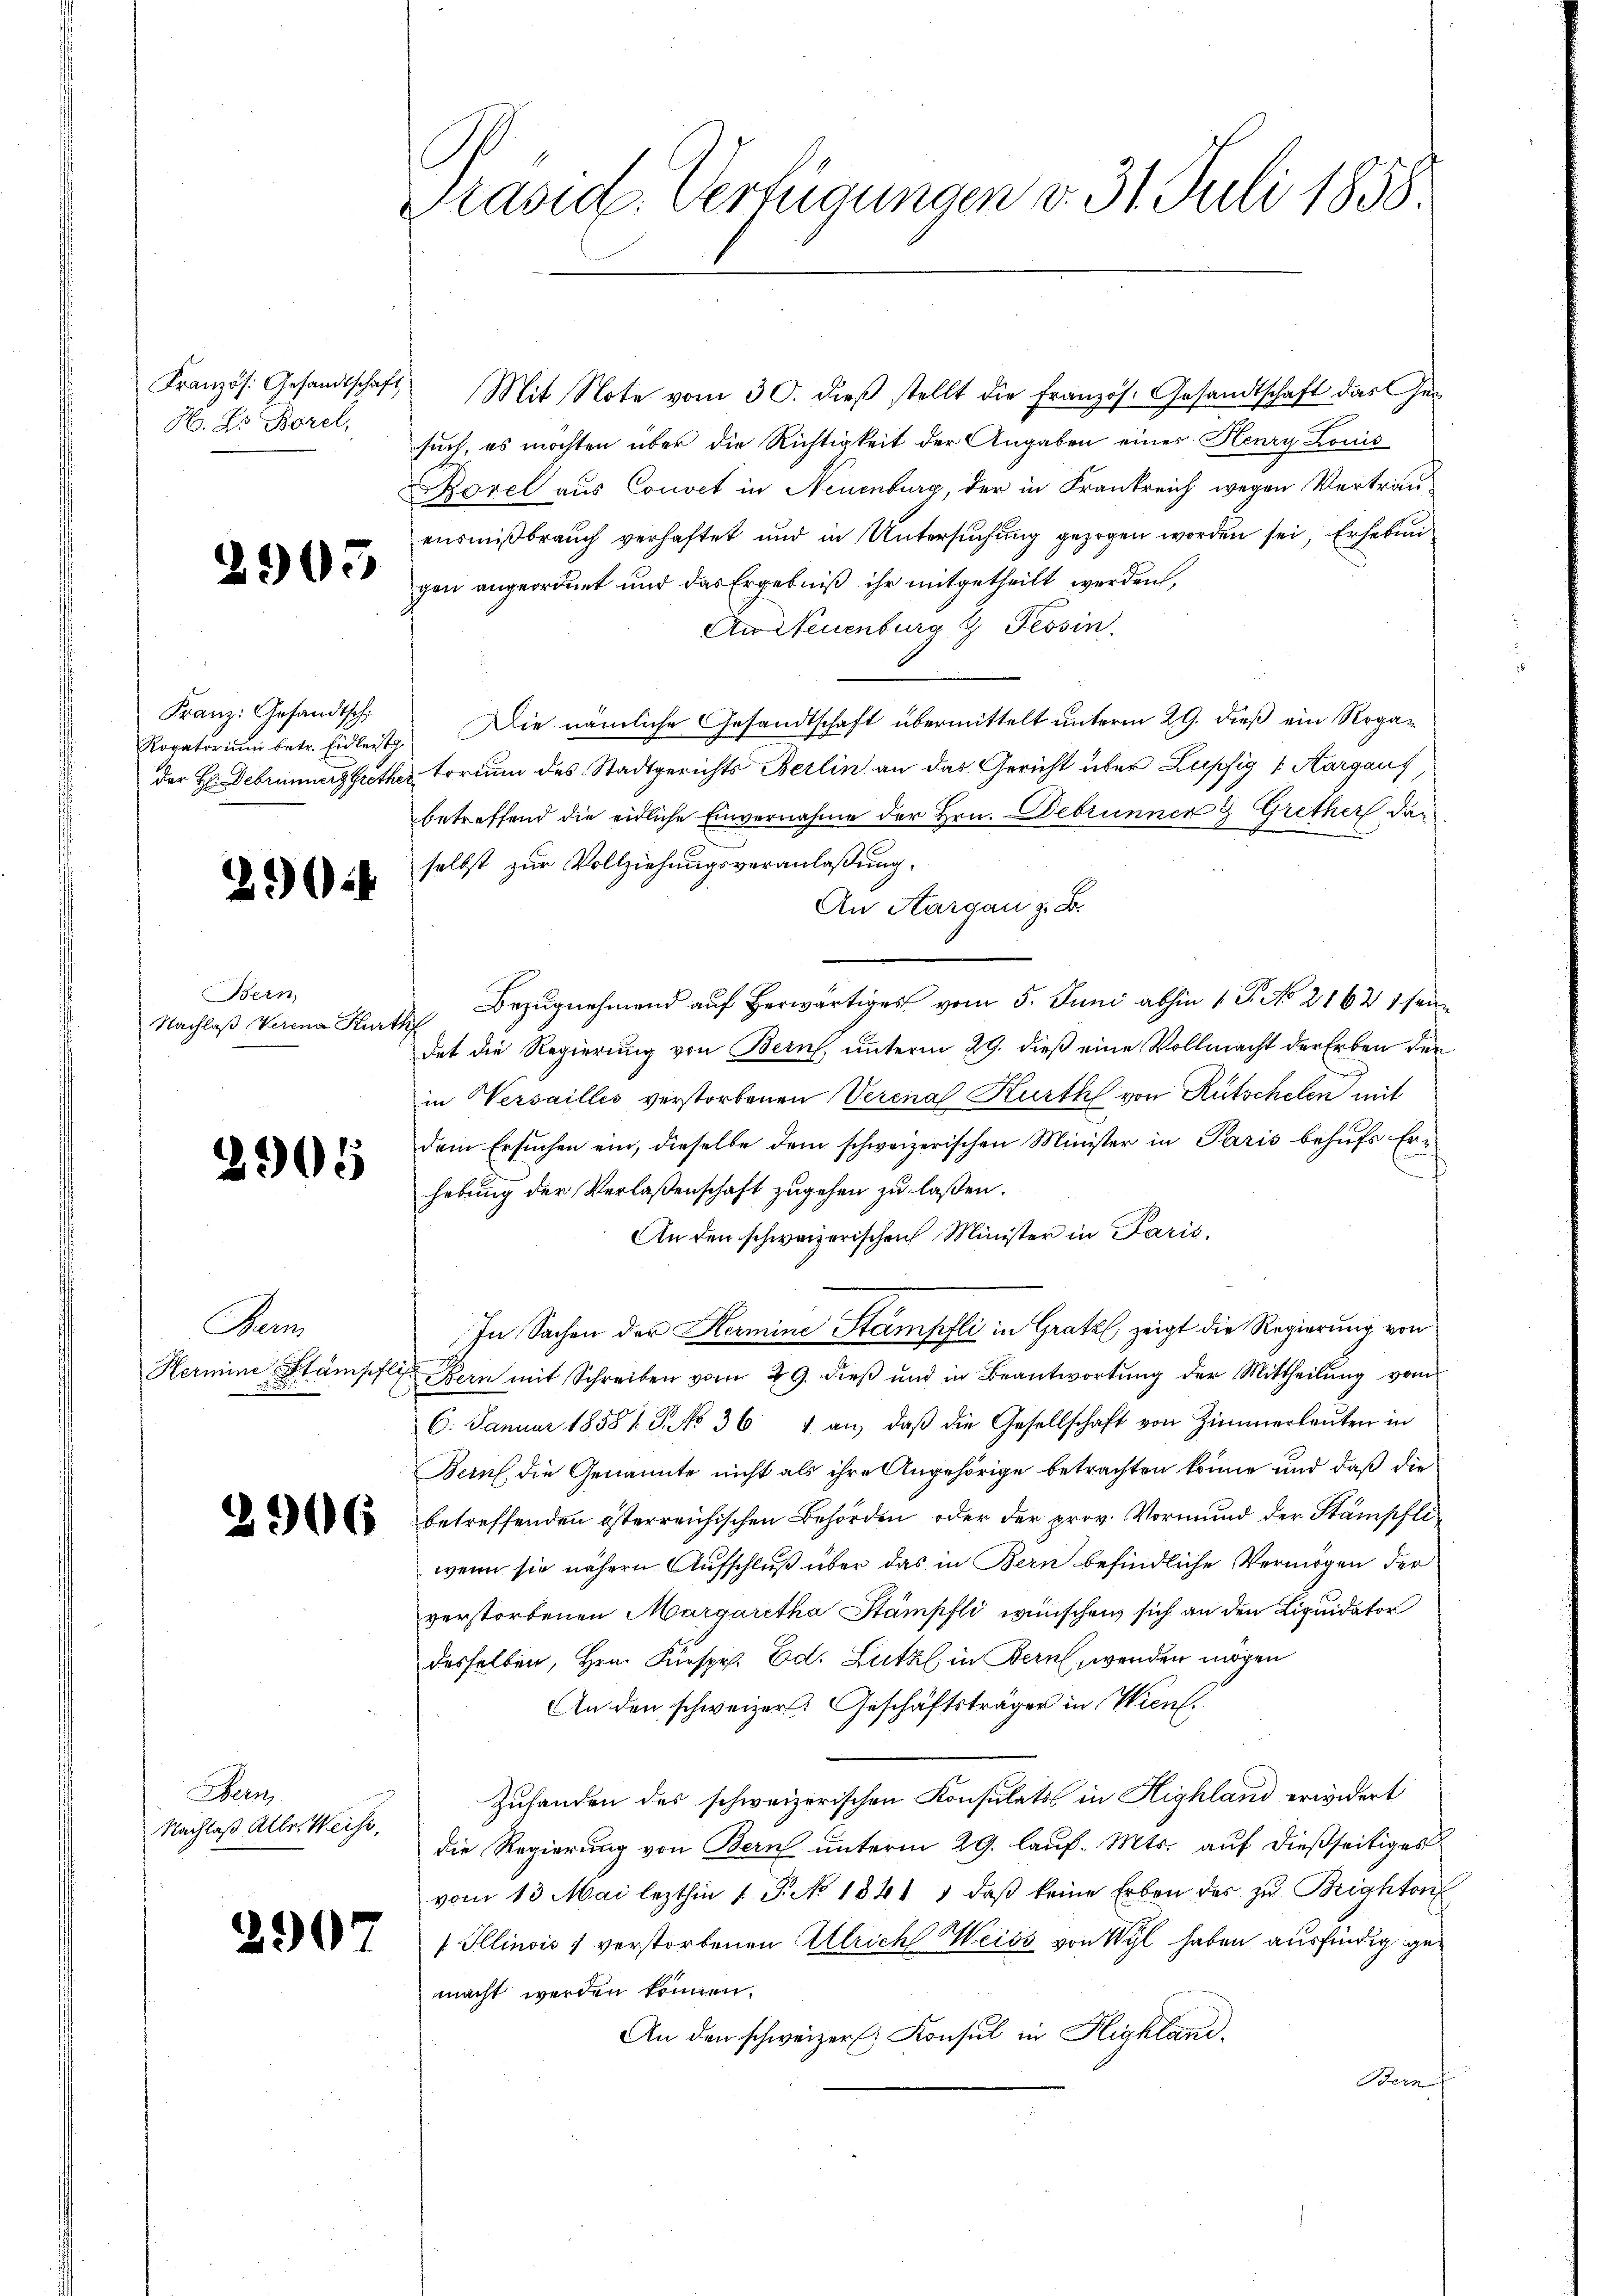
H. Dr Borel,

2905

Franz: Gesandtsch
Rogatorium betr. Eidleist.

32

Bern,
Nachlaß Verena Kurth

2905

Bern

Bern
Nachlaß Alle Weiss,

Präsid. Verfügungen v. 31. Juli 1858.

Kranzös. Gesandtschaft Mit Note vom 30. dieβ stellt die Französ. Gesandtschaft das Gesuch, es möchten über die Richtigkeit der Angaben eines Henry Louis
Borel aus Convet in Neuenburg, der in Frankreich wegen Vertrauensmißbrauch verhaftet und in Untersuchung gezogen worden sei, Erhebun
gen angeordnet und das Ergebniß ihr mitgetheilt werden,
Audeuenburg & Tessin.
Die nämliche Gesandtschaft übermittelt unterm 29. dieß ein Regader H: Debrunners Grother Lorium des Stadtgerichts Berlin an das Gericht über Lupfig 1 Aargauf,
betreffend die eidliche Einvernahme der Hrn. Debrunner 2 Grether dar
selbst zur Vollziehungsveranlaßung.
An Aargau z. B.
Bezugnehmend auf herwärtiges vom 5. Juni abhin 1 Fr. No 2162 1 sein
det die Regierung von Bern unterm 29. dieß eine Vollmacht der Erben der
in Versaillis verstorbenen Verena Kurth von Rutschelen mit
dem Ersuchen ein, dieselbe dem schweizerischen Minister in Paris behufs Eri
hebung der Verlaßenschaft zugehen zu laßen.
An den schweizerischen Minister in Paris,
In Sachen der Kamine Stampfli in Gratzl zeigt die Regierung von
Hermine Stämpfli Bern mit Schreiben vom 29. dieβ ŭnd in Beantwortŭng der Mittheilŭng vom
6. Januar 1858 1 S. No 36. 4 an, daβ die Gesellschaft von Zimmerlaŭten in
Beruf, die Genannte nicht als ihre Angehörige betrachten könne und daß die
. betreffenden österreichischen Behörden oder der prov. Vormŭnd der Stämschli-
wenn sie nähern Aufschluß über das in Bern befindliche Vermögen der
verstorbenen Margaretha Stämpfli wünschen, sich an den Liquidator
desselben, Hrn. Fürspr. Ed. Lutz in Bern, werden mögen
An den schweizer. Geschäftsträger in Wien.
Zuhanden des schweizerischen Konsulats in Highland erwidert
die Regierung von Bern unterm 29. lauf. Mts. auf dießseitiges
vom 13. Mai lezthin 1. P. No 1841 1 daβ keine Erben des zŭ Brightonf
11 Illinois 1 verstorbenen Ulrichs Weiss von Wyl haben ausfündig gemacht werden können.
An den schweizer. Konsul in Highland.
Bern f